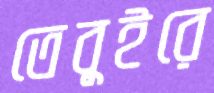
তেবুইরে